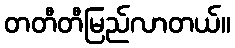
တတီတီမြည်လာတယ်။